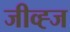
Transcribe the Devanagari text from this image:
जीव्ह्ज